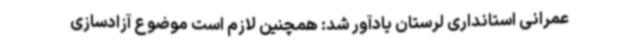
عمرانی استانداری لرستان یادآور شد: همچنین لازم است موضوع آزادسازی